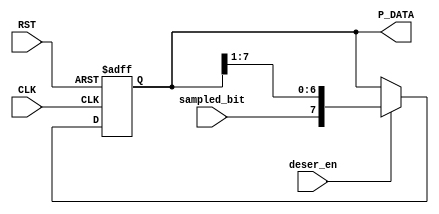
module deserializer (
 input wire                                               sampled_bit,deser_en,CLK,RST,
 output reg                [7:0]                        P_DATA
);

always @(posedge CLK or negedge RST)
 begin
     if(!RST)
	  begin
	     P_DATA<=8'b0 ;
	  end
	  
	 else if(deser_en)
	  begin
		 P_DATA<={sampled_bit,P_DATA[7:1]} ;
	  end
	 
 end

endmodule